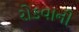
રોકવાની